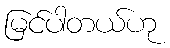
မြင်ပါတယ်ဟု